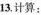
13.计算：